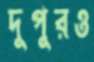
দুপুরও